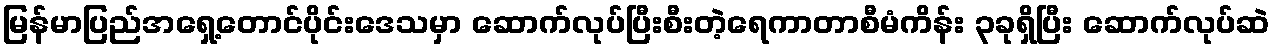
မြန်မာပြည်အရှေ့တောင်ပိုင်းဒေသမှာ ဆောက်လုပ်ပြီးစီးတဲ့ရေကာတာစီမံကိန်း ၃ခုရှိပြီး ဆောက်လုပ်ဆဲ